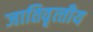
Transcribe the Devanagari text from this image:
जातिवृत्‍तीय